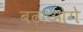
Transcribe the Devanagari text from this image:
बढ़ाओगे